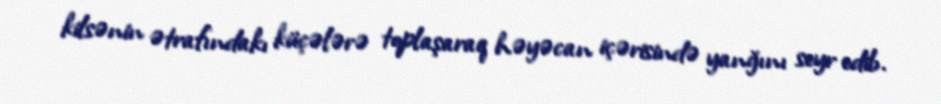
kilsənin ətrafındakı küçələrə toplaşaraq həyəcan içərisində yanğını seyr edib.